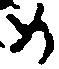
め